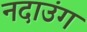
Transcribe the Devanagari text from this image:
नदाउंग